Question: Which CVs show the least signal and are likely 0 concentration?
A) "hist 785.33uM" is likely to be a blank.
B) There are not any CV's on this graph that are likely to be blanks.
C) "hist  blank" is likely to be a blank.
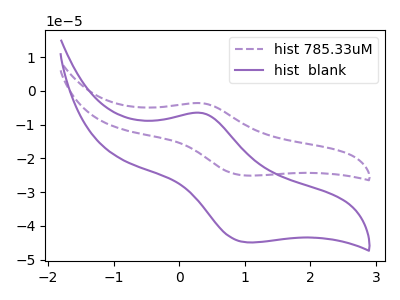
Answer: <think>The purple dashed curve "hist 785.33uM" has an anodic peak at (0.35V, -3.65uA) and a cathodic peak at (1.05V, -25.10uA). The purple curve "hist  blank" has an anodic peak at (0.35V, -6.55uA) and a cathodic peak at (1.05V, -44.85uA).</think>
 <answer>B) There are not any CV's on this graph that are likely to be blanks.</answer>
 <eval>B</eval>